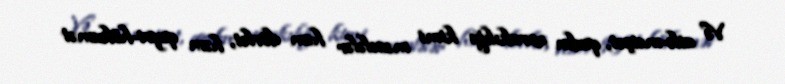
Və ailə-məişət, qadın zorakılığı kimi məsələlər həm dövlət, həm qeyri-hökumət